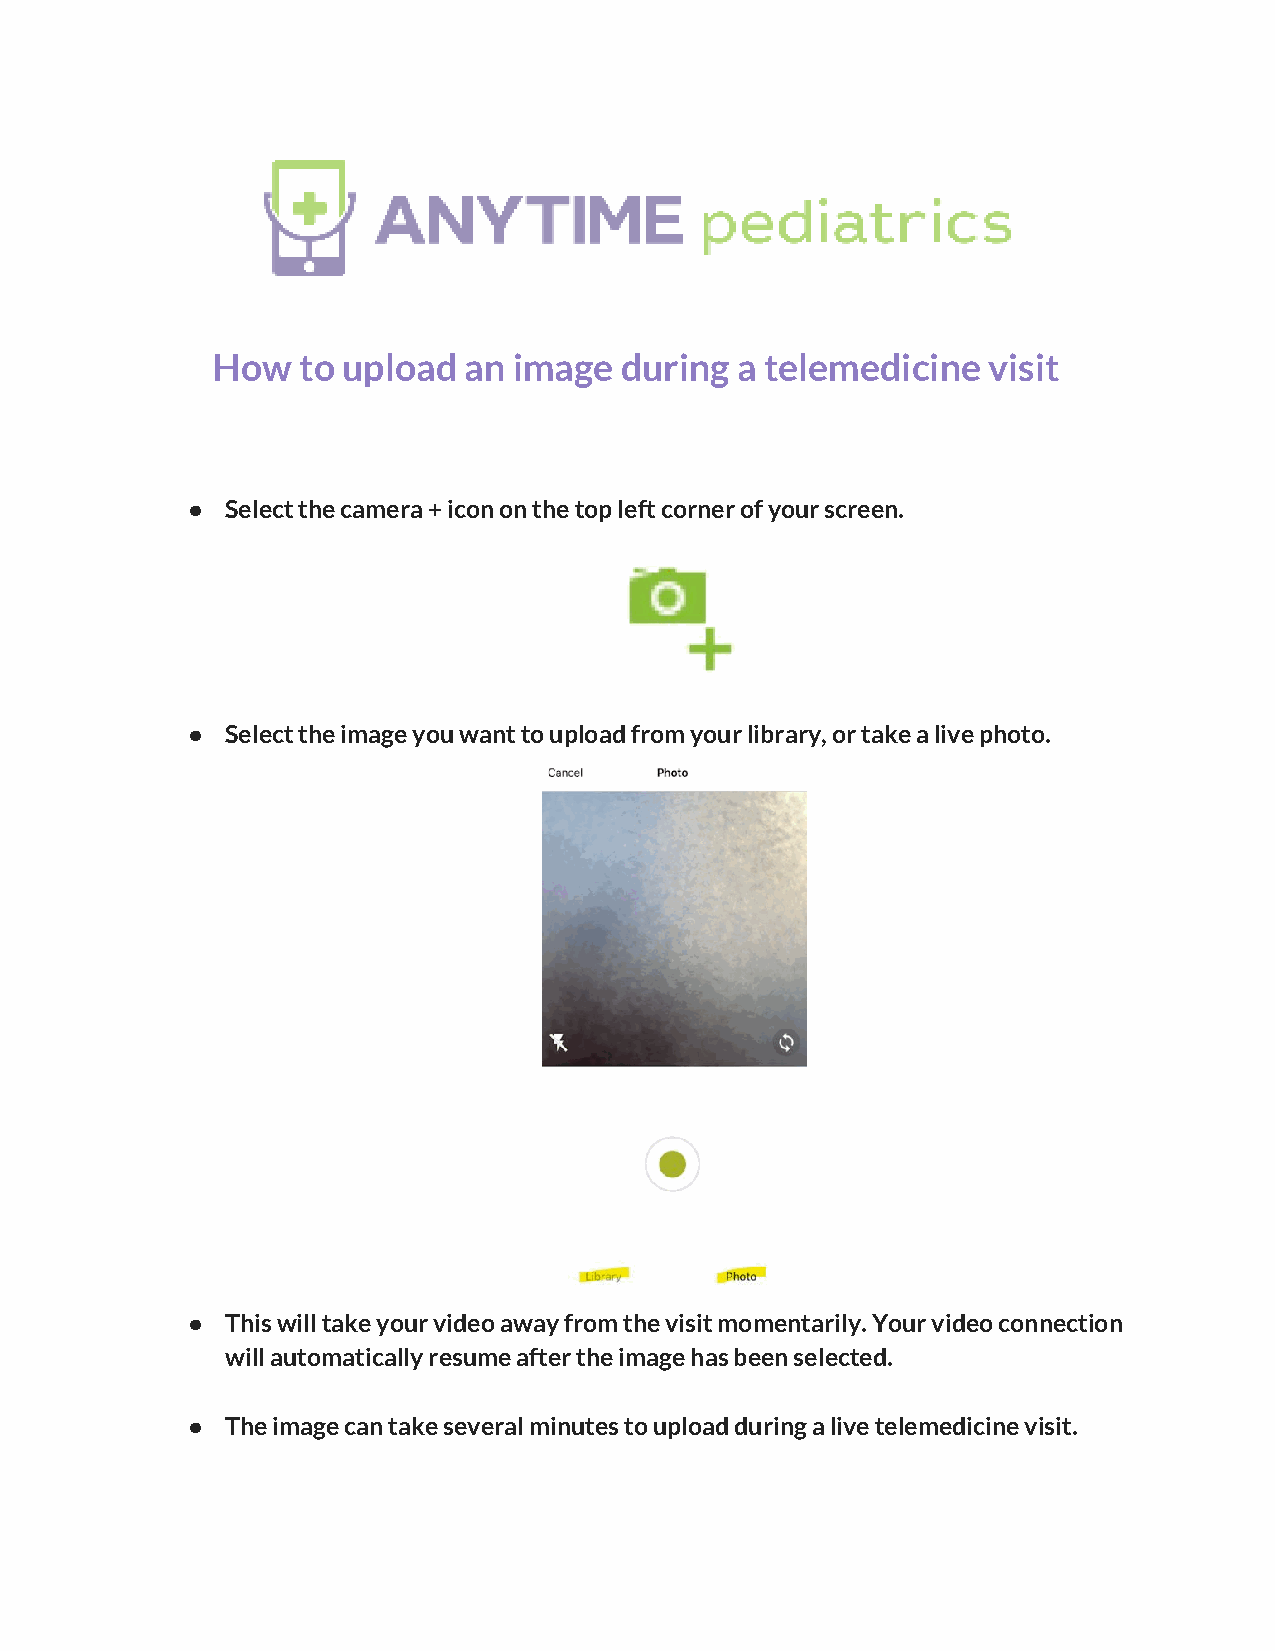
How   to upload  an image  during  a telemedicine  visit
 ●  Select the camera + icon on the top left corner of your screen.
 ●  Select the image you want to upload from your library, or take a live photo.
 ●  This will take your video away from the visit momentarily. Your video connection
 will automatically resume after the image has been selected.
 ●  The image can take several minutes to upload during a live telemedicine visit.